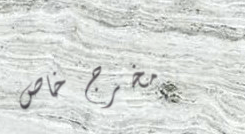
مخرج خاص